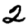
Digit: 2